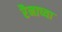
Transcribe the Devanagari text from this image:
रैनाच्या